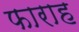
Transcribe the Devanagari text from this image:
फाराह